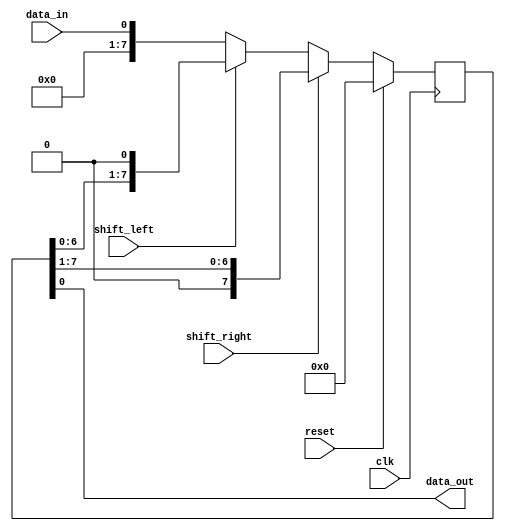
module shift_register (
    input wire clk,
    input wire reset,
    input wire shift_right,
    input wire shift_left,
    input wire data_in,
    output reg data_out
);

reg [7:0] reg_data;

always @ (posedge clk) begin
    if (reset) begin
        reg_data <= 8'b0;
    end else begin
        if (shift_right) begin
            reg_data <= {1'b0, reg_data[7:1]};
        end else if (shift_left) begin
            reg_data <= {reg_data[6:0], 1'b0};
        end else begin
            reg_data <= data_in;
        end
    end
end

assign data_out = reg_data[0];

endmodule